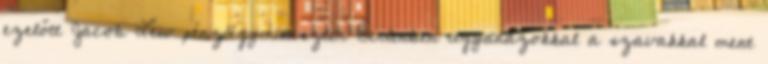
ezelőtt Jacob Lew pénzügyminiszter Berlinben ugyanazokkal a szavakkal ment